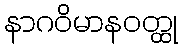
နာဂဝိမာနဝတ္ထု